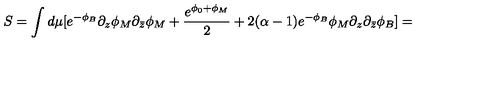
S = \int d \mu [ e ^ { - \phi _ { B } } \partial _ { z } \phi _ { M } \partial _ { \bar { z } } \phi _ { M } + \frac { e ^ { \phi _ { 0 } + \phi _ { M } } } { 2 } + 2 ( \alpha - 1 ) e ^ { - \phi _ { B } } \phi _ { M } \partial _ { z } \partial _ { \bar { z } } \phi _ { B } ] =